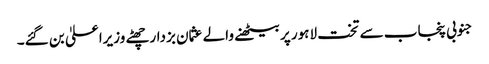
جنوبی پنجاب سے تخت لاہور پر بیٹھنے والے عثمان بزدار چھٹے وزیراعلیٰ بن گئے۔